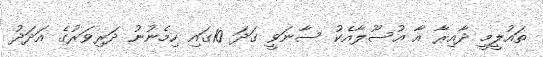
ތައުލީމީ ދާއިރާ އާ އުސޫލާއެކު ސާނަވީ ގަދަ 10ގައި ހިމެނުނު ދަރިވަރުގެ އަދަދު